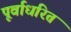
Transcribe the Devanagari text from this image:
पूर्वाधरित